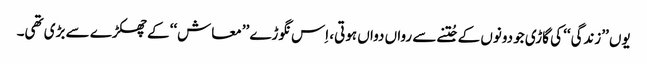
یوں ’’زندگی‘‘ کی گاڑی جو دونوں کے جُتنے سے رواں دواں ہوتی، اِس نگوڑے ’’معاش‘‘ کے چھکڑے سے بڑی تھی۔